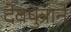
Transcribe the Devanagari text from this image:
देवपुत्राने